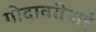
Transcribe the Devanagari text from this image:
गोदावरीबाई